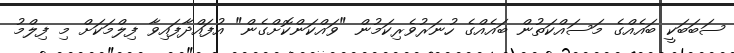
ސަބަބަކީ ބައެއްގެ މަސައްކަތުން ބައެއްގެ ހުނަރުވެރިކަމުން "ވައްކަންކޮށްގެން" އުފައްދާފައިވާ ފިލްމަކަށް މި ފިލްމު